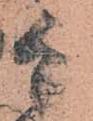
吉